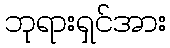
ဘုရားရှင်အား